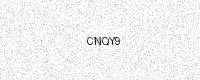
Text: CNQY9